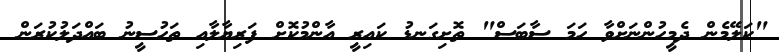
"ކަލޭމެން ދެމީހުންނަށްވާ ހަމަ ސާބަސް" ތޮށިގަނޑު ކައިރީ އާންމުކޮށް ފަރިޔާލާއި ތަހުސީނު ބައްދަލުކުރަން